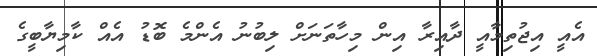
އެއީ އިޖުތިމާއީ ދާއިރާ އިން މިހާތަނަށް ލިބުނު އެންމެ ބޮޑު އެއް ކާމިޔާބީގެ